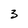
Character: 3